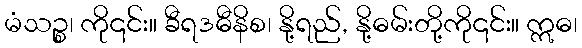
မံသဉ္စ၊ ကို၎င်း။ ခီရဒဓီနိစ၊ နို့ရည်, နို့ဓမ်းတို့ကို၎င်း။ ဣဓ၊